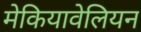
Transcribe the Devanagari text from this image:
मेकियावेलियन